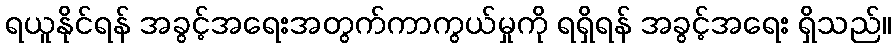
ရယူနိုင်ရန် အခွင့်အရေးအတွက်ကာကွယ်မှုကို ရရှိရန် အခွင့်အရေး ရှိသည်။